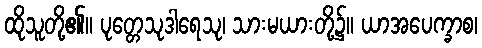
ထိုသူတို့၏။ ပုတ္တေသုဒါရေသု၊ သားမယားတို့၌။ ယာအပေက္ခာစ၊